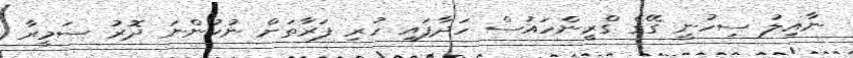
ނާއިލު ސިހުނީ ގޭގެ ގްރީންހައުސް ހަދާފައި ހުރި ފަރާތަށް ނުކުންނަ ދޮރު ސަމީރާ